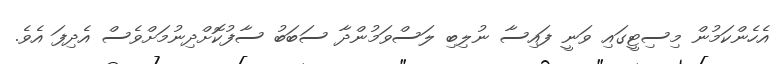
އެހެންކަމުން މިސިޓީގައި ވަނީ ފައިސާ ނުލިބި ލަސްވަމުންދާ ސަބަބު ސާފުކޮށްދިނުމަށްވެސް އެދިފަ އެވެ.